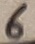
Text: 6